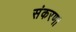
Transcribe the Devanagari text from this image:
संकरण।